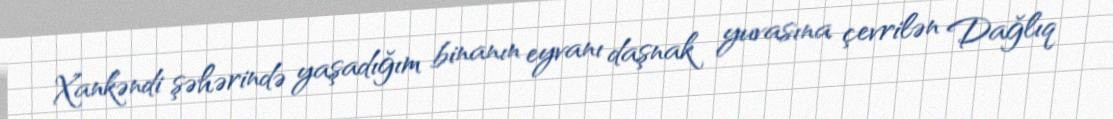
Xankəndi şəhərində yaşadığım binanın eyvanı daşnak yuvasına çevrilən Dağlıq